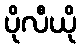
ပိုလီယို